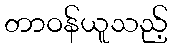
တာဝန်ယူသည့်